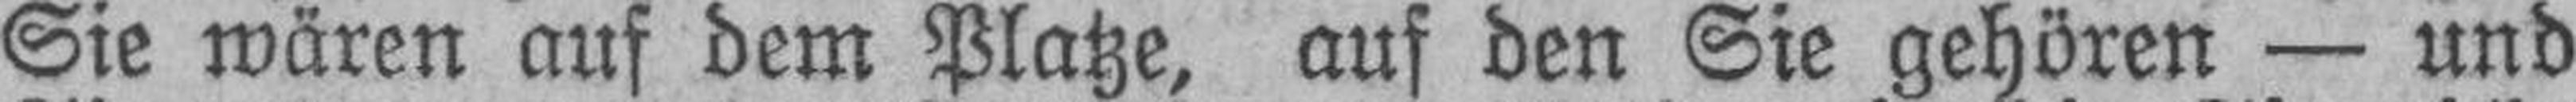
Sie wären auf dem Platze, auf den Sie gehören — und